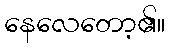
နေလေတော့၏။